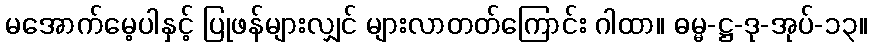
မအောက်မေ့ပါနှင့် ပြုဖန်များလျှင် များလာတတ်ကြောင်း ဂါထာ။ ဓမ္မ-ဋ္ဌ-ဒု-အုပ်-၁၃။